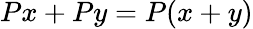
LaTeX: Px+Py=P(x+y)